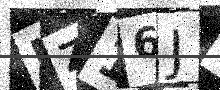
Text: NZ16J1